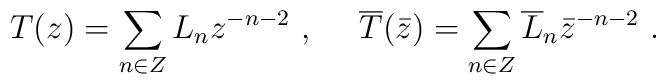
T(z) = \sum_{n \in Z} L_n z^{-n-2}~,~~~~   \overline{T} (\bar{z}) = \sum_{n \in Z} \overline{L}_n\bar{z}^{-n-2}~.